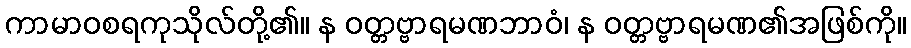
ကာမာဝစရကုသိုလ်တို့၏။ န ဝတ္တဗ္ဗာရမဏဘာဝံ၊ န ဝတ္တဗ္ဗာရမဏ၏အဖြစ်ကို။